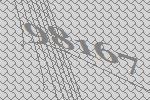
98167